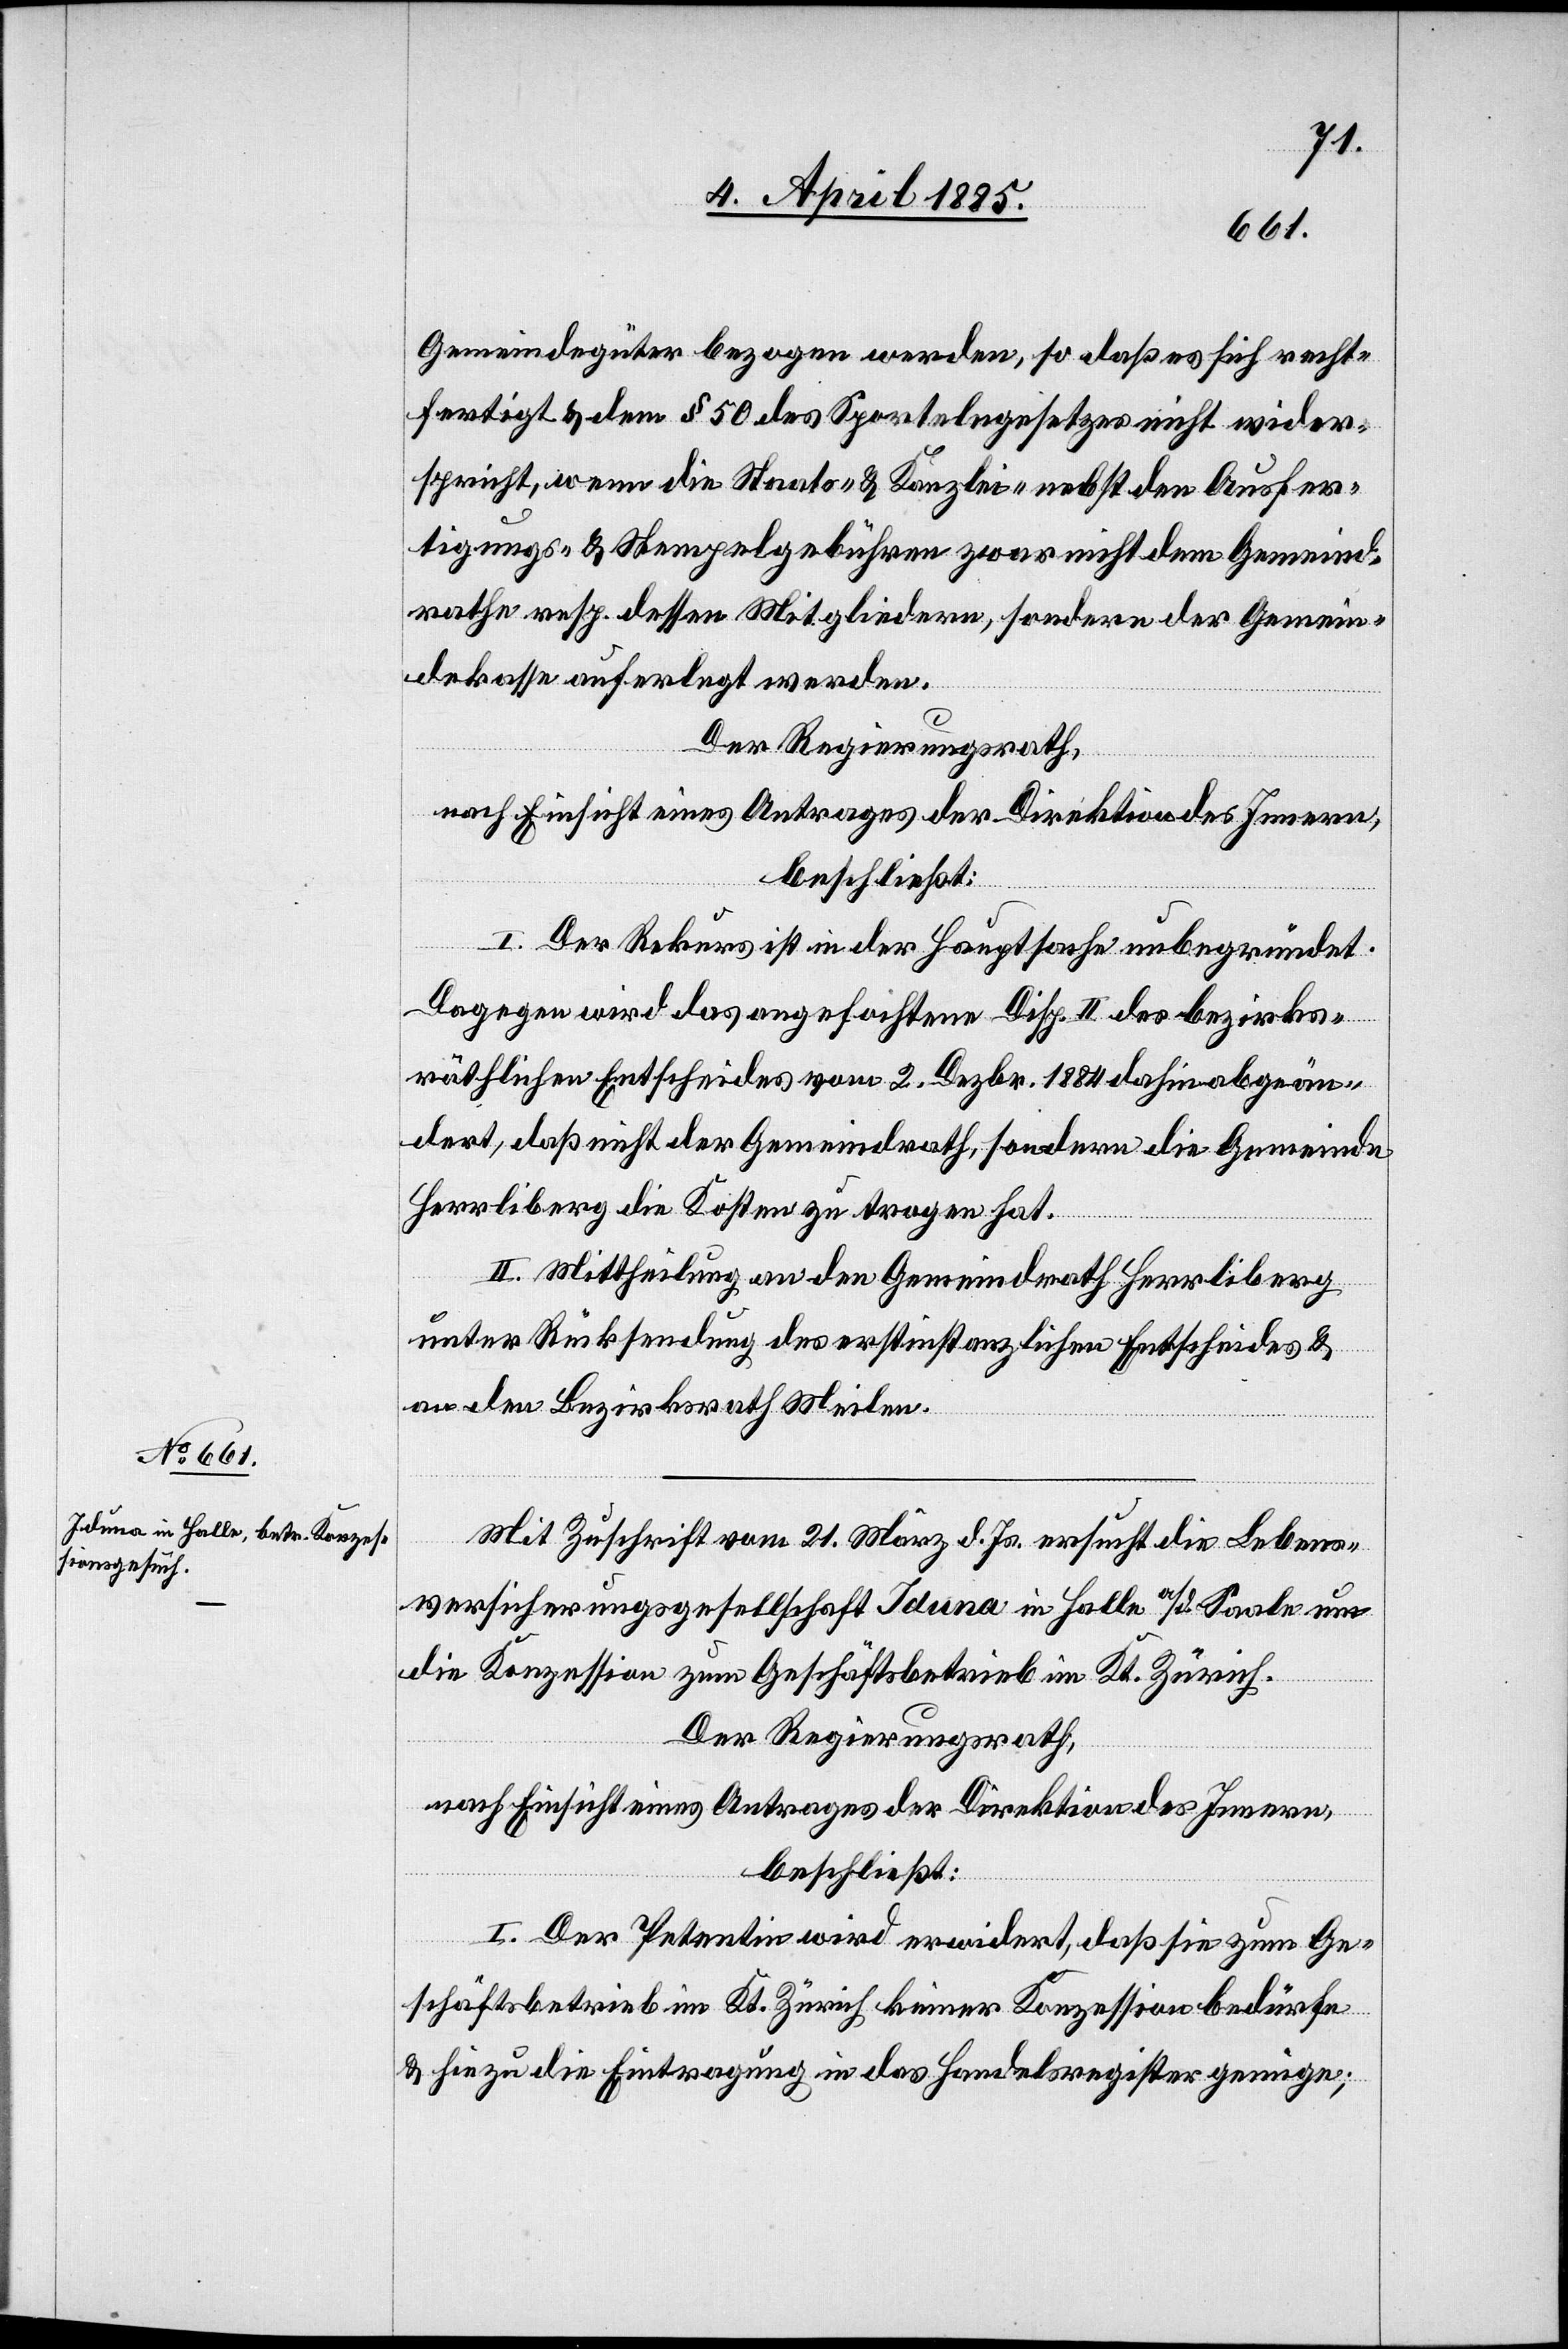
Gemeindegütern bezogen werden, so daß es sich recht¬
fertigt & dem § 50 des Sportelngesetzes nicht wider¬
spricht, wenn die Staats- & Kanzlei- nebst den Ausfer¬
tigungs- & den Stempelgebühren zwar nicht dem Gemeind¬
rathe resp. dessen Mitgliedern, sondern der Gemein¬
dekasse auferlegt werden.
Der Regierungsrath,
nach Einsicht eines Antrages der Direktion des Innern,
beschließt:
I. Der Rekurs ist in der Hauptsache unbegründet.
Dagegen wird das angefochtene Disp. II des bezirks¬
räthlichen Entscheides vom 2. Dezbr. 1884 dahin abgeän¬
dert, daß nicht der Gemeindrath, sondern die Gemeinde
Herrliberg die Kosten zu tragen hat.
II. Mittheilung an den Gemeindrath Herrliberg
unter Rücksendung des erstinstanzlichen Entscheides &
an den Bezirksrath Meilen.
Mit Zuschrift vom 21. März d. Js. ersucht die Lebens¬
versicherungsgesellschaft Iduna in Halle a/d. Saale um
die Konzession zum Geschäftsbetrieb im Kt. Zürich.
Der Regierungsrath,
nach Einsicht eines Antrages der Direktion des Innern,
beschließt:
I. Der Petentin wird erwidert, daß sie zum Ge¬
schäftsbetrieb im Kt. Zürich keiner Konzession bedürfe
& hiezu die Eintragung in das Handelsregister genüge;